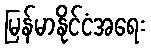
မြန်မာနိုင်ငံအရေး